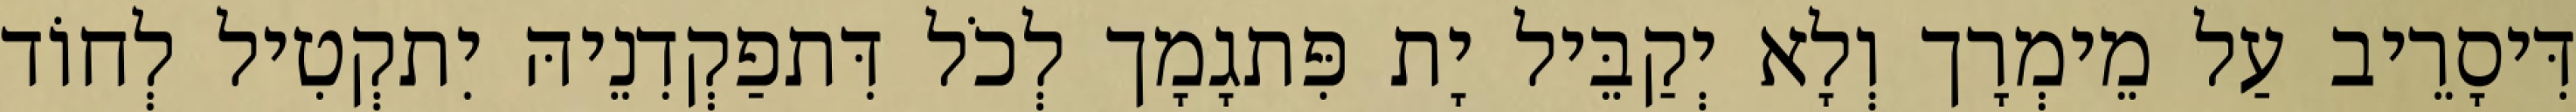
דִּיסָרֵיב עַל מֵימְרָך וְלָא יְקַבֵּיל יָת פִּתגָמָך לְכֹל דִּתפַקְדִנֵיהּ יִתקְטִיל לְחוֹד